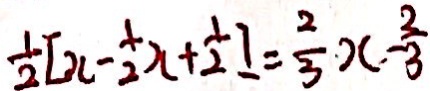
\frac { 1 } { 2 } [ x - \frac { 1 } { 2 } x + \frac { 1 } { 2 } ] = \frac { 2 } { 3 } x - \frac { 2 } { 3 }